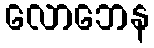
လောဘေန